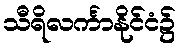
သီရိလင်္ကာနိုင်ငံ၌